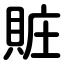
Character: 賍